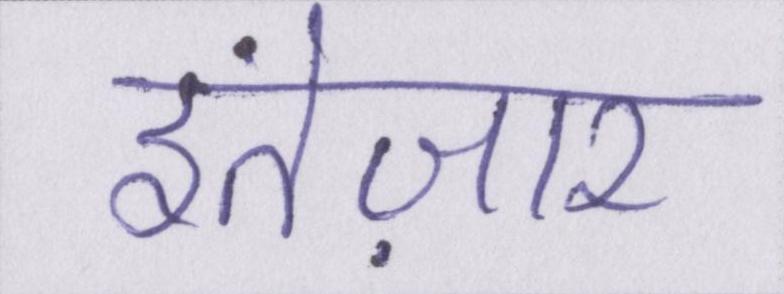
इंतेज़ार